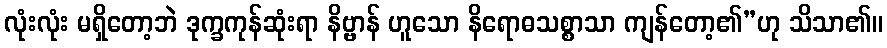
လုံးလုံး မရှိတော့ဘဲ ဒုက္ခကုန်ဆုံးရာ နိဗ္ဗာန် ဟူသော နိရောဓသစ္စာသာ ကျန်တော့၏”ဟု သိသာ၏။